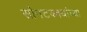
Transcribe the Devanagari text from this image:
सोनटक्क्यांच्या